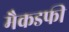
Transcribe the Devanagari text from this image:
मैकडफी